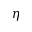
\eta